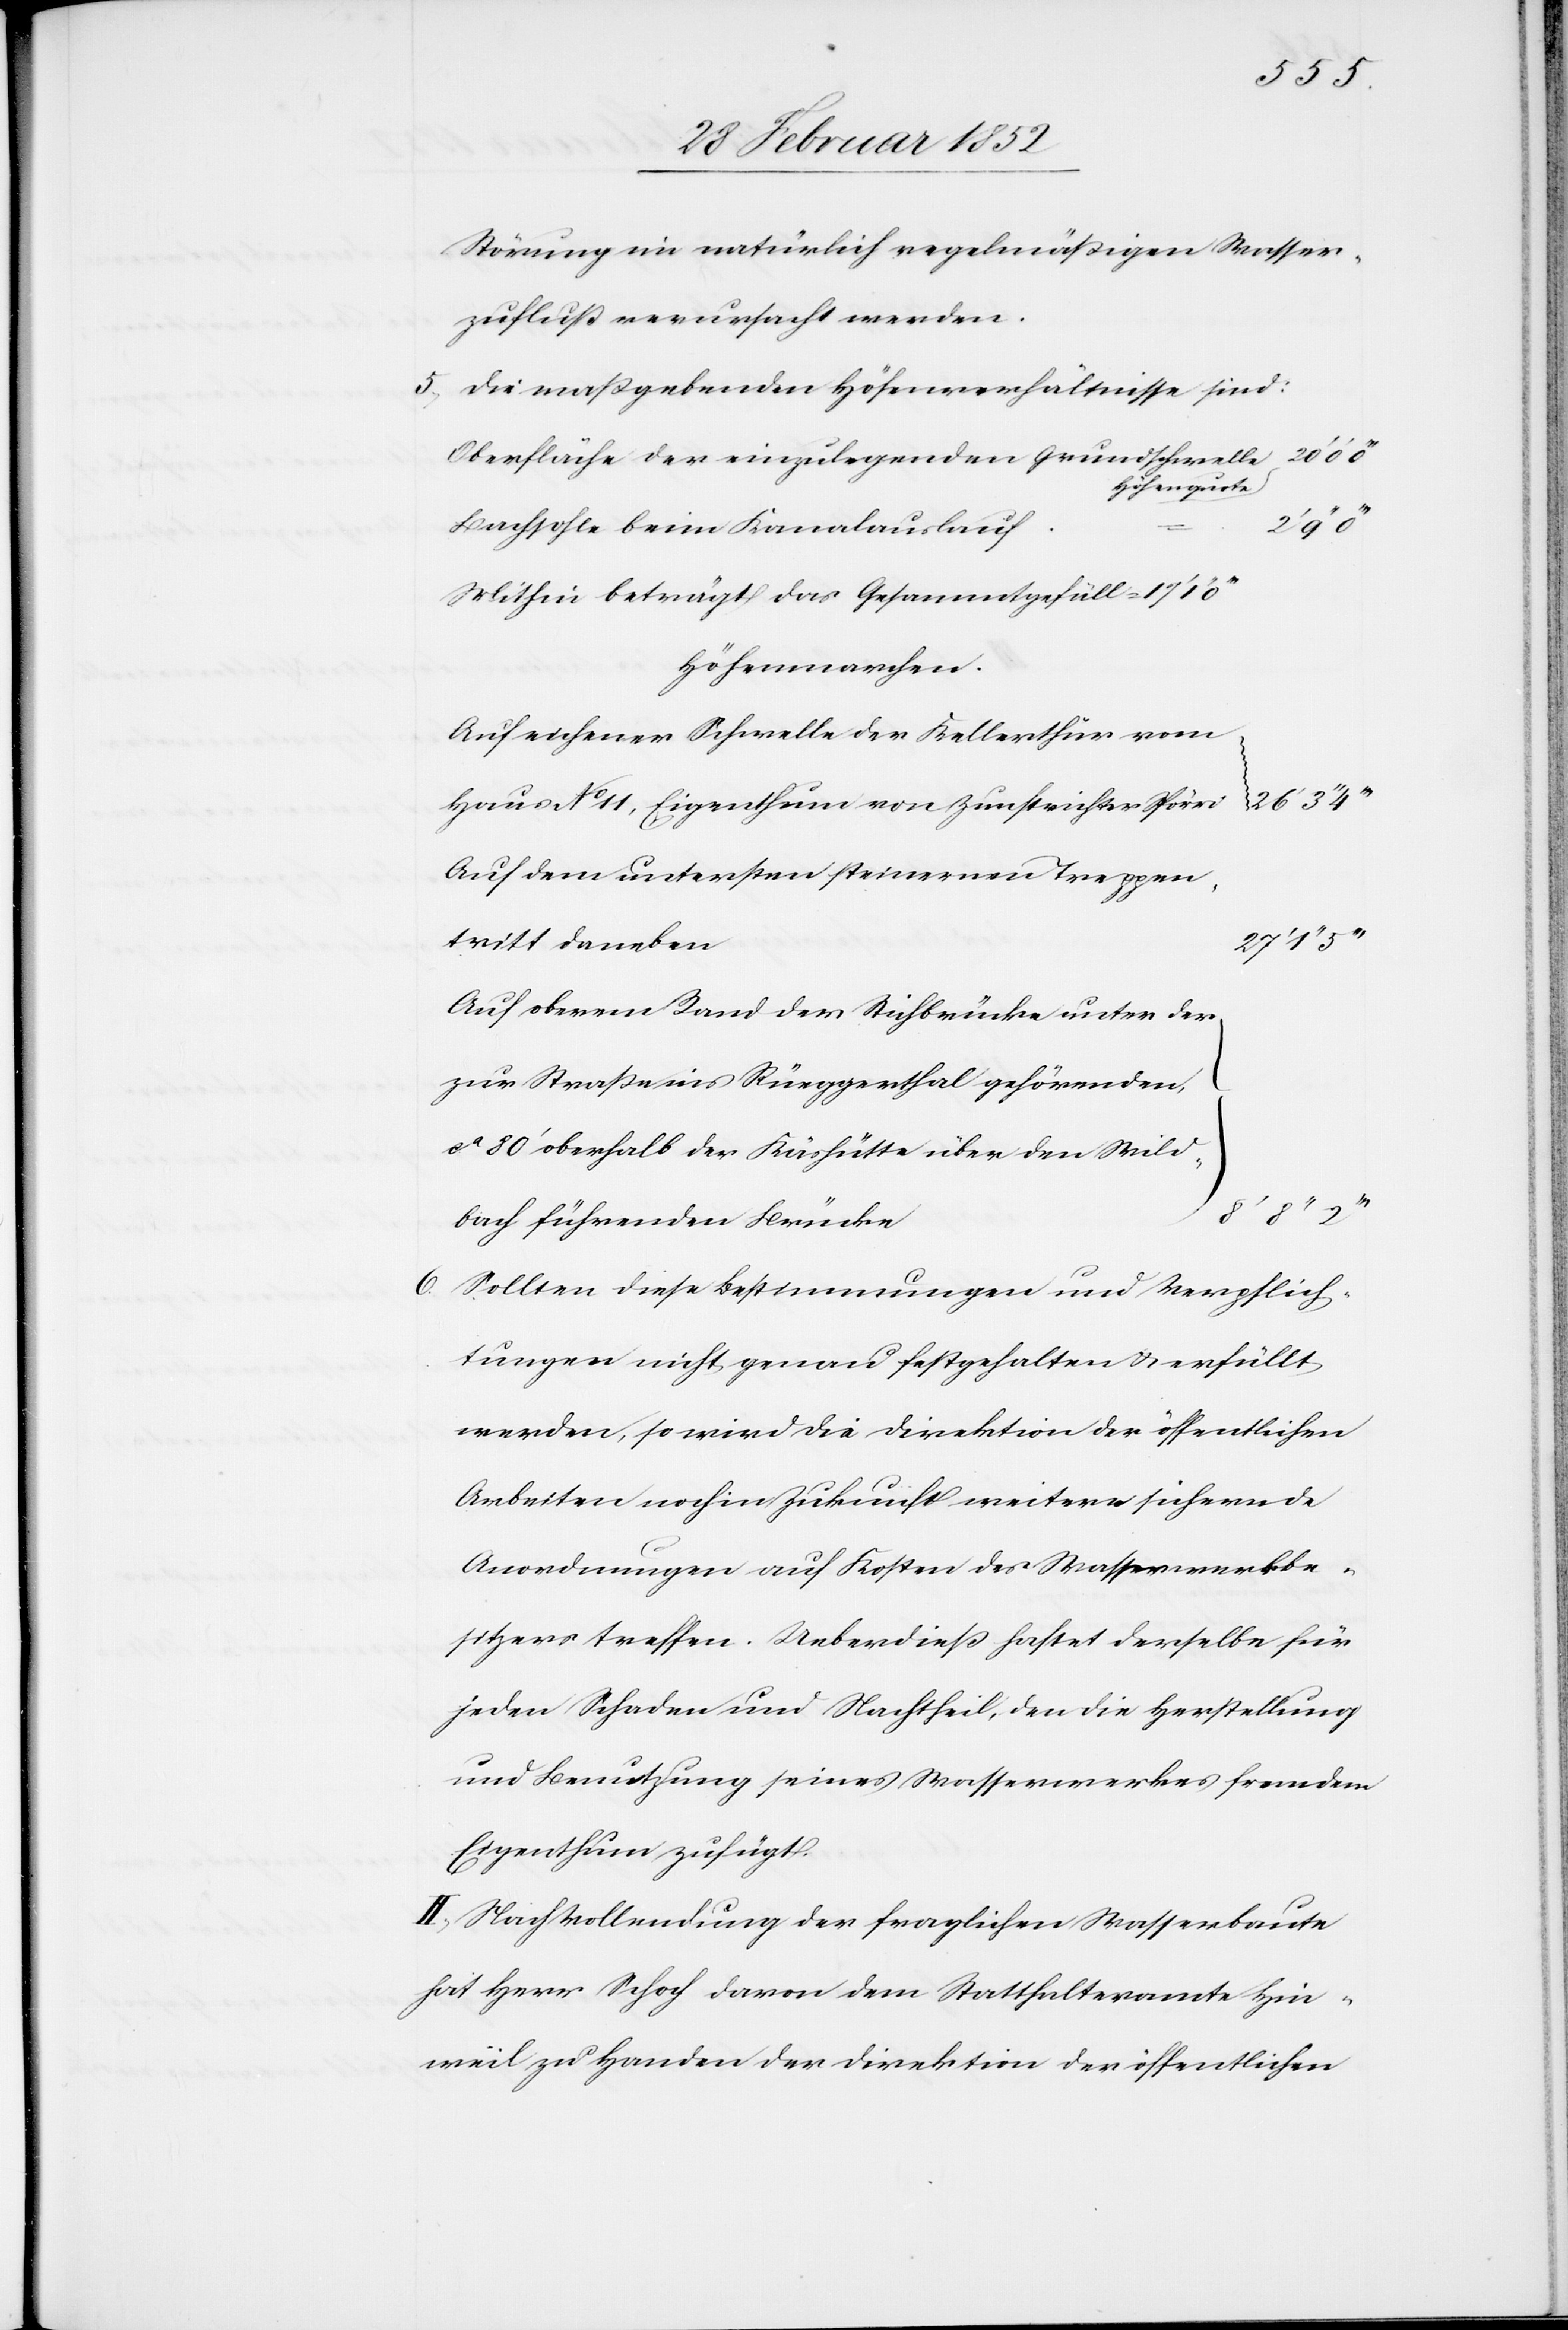
6.

Strömung im natürlich regelmäßigen Wasser¬
zufluß verursacht werden.
5) Die maßgebenden Höhenverhältnisse sind:
Oberfläche der einzulegenden Grundschwelle,
Höhenquote
20’
Bachsohle beim Kanalauslauf
Mithin beträgt das Gesamtgefäll =
Höhenmarchen
Auf eichener Schwelle der Kellerthüre vom
Haus No 11, Eigenthum von Zunftrichter Spörri
Auf dem untersten steinernen Treppen¬
tritt daneben
Auf oberem Rand der Stichbrücke unter der
zur Straße ins Rüeggerthal gehörenden,
}
ca 80’ oberhalb der Käshütte über den Wild¬
bach führenden Brücke
Sollten diese Bestimmungen und Verpflich¬
tungen nicht genau festgehalten u. erfüllt
werden, so wird die Direktion der öffentlichen
Arbeiten noch in Zukunft weitere sichernde
Anordnungen auf Kosten des Wasserwerkbe¬
sitzers treffen. Ueberdieß haftet derselbe für
jeden Schaden und Nachtheil, den die Herstellung
und Benutzung seines Wasserwerkes fremdem
Eigenthum zufügt.
II.) Nach Vollendung der fraglichen Wasserbaute
hat Herr Schoch davon dem Statthalteramte Hin¬
weil zu Handen der Direktion der öffentlichen